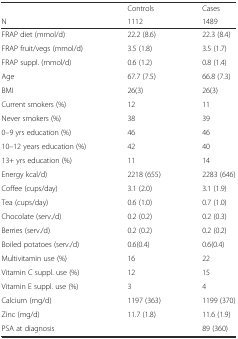
<table><thead><tr><td></td><td><b>Controls</b></td><td><b>Cases</b></td></tr><tr><td><b>N</b></td><td><b>1112</b></td><td><b>1489</b></td></tr></thead><tbody><tr><td>FRAP diet (mmol/d)</td><td>22.2 (8.6)</td><td>22.3 (8.4)</td></tr><tr><td>FRAP fruit/vegs (mmol/d)</td><td>3.5 (1.8)</td><td>3.5 (1.7)</td></tr><tr><td>FRAP suppl. (mmol/d)</td><td>0.6 (1.2)</td><td>0.8 (1.4)</td></tr><tr><td>Age</td><td>67.7 (7.5)</td><td>66.8 (7.3)</td></tr><tr><td>BMI</td><td>26(3)</td><td>26(3)</td></tr><tr><td>Current smokers (%)</td><td>12</td><td>11</td></tr><tr><td>Never smokers (%)</td><td>38</td><td>39</td></tr><tr><td>0–9 yrs education (%)</td><td>46</td><td>46</td></tr><tr><td>10–12 years education (%)</td><td>42</td><td>40</td></tr><tr><td>13+ yrs education (%)</td><td>11</td><td>14</td></tr><tr><td>Energy kcal/d)</td><td>2218 (655)</td><td>2283 (646)</td></tr><tr><td>Coffee (cups/day)</td><td>3.1 (2.0)</td><td>3.1 (1.9)</td></tr><tr><td>Tea (cups/day)</td><td>0.6 (1.0)</td><td>0.7 (1.0)</td></tr><tr><td>Chocolate (serv./d)</td><td>0.2 (0.2)</td><td>0.2 (0.3)</td></tr><tr><td>Berries (serv./d)</td><td>0.2 (0.2)</td><td>0.2 (0.2)</td></tr><tr><td>Boiled potatoes (serv./d)</td><td>0.6(0.4)</td><td>0.6(0.4)</td></tr><tr><td>Multivitamin use (%)</td><td>16</td><td>22</td></tr><tr><td>Vitamin C suppl. use (%)</td><td>12</td><td>15</td></tr><tr><td>Vitamin E suppl. use (%)</td><td>3</td><td>4</td></tr><tr><td>Calcium (mg/d)</td><td>1197 (363)</td><td>1199 (370)</td></tr><tr><td>Zinc (mg/d)</td><td>11.7 (1.8)</td><td>11.6 (1.9)</td></tr><tr><td>PSA at diagnosis</td><td></td><td>89 (360)</td></tr></tbody></table>